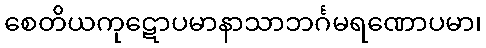
စေတိယကုဋောပမာနာသာဘင်္ဂမရဏောပမာ၊